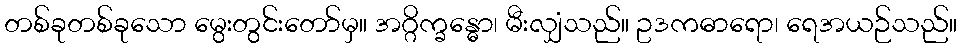
တစ်ခုတစ်ခုသော မွေးတွင်းတော်မှ။ အဂ္ဂိက္ခန္ဓော၊ မီးလျှံသည်။ ဥဒကဓာရော၊ ရေအယဉ်သည်။